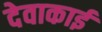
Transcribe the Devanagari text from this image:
देवाकाई